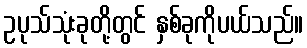
ဥပုသ်သုံးခုတို့တွင် နှစ်ခုကိုပယ်သည်။